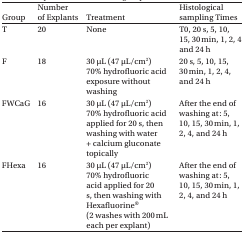
<table><thead><tr><td><b>Group</b></td><td><b>Number of Explants</b></td><td><b>Treatment</b></td><td><b>Histological sampling Times</b></td></tr></thead><tbody><tr><td>T</td><td>20</td><td>None</td><td>T0, 20 s, 5, 10, 15, 30 min, 1, 2, 4 and 24 h</td></tr><tr><td>F</td><td>18</td><td>30 μL (47 μL/cm<sup>2</sup>) 70% hydrofluoric acid exposure without washing</td><td>20 s, 5, 10, 15, 30 min, 1, 2, 4, and 24 h</td></tr><tr><td>FWCaG</td><td>16</td><td>30 μL (47 μL/cm<sup>2</sup>) 70% hydrofluoric acid applied for 20 s, then washing with water + calcium gluconate topically</td><td>After the end of washing at: 5, 10, 15, 30 min, 1, 2, 4, and 24 h</td></tr><tr><td>FHexa</td><td>16</td><td>30 μL (47 μL/cm<sup>2</sup>) 70% hydrofluoric acid applied for 20 s, then washing with Hexafluorine® (2 washes with 200 mL each per explant)</td><td>After the end of washing at: 5, 10, 15, 30 min, 1, 2, 4, and 24 h</td></tr></tbody></table>